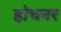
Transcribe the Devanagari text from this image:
होचनर